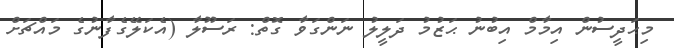
މިޙަދީސުން އިމާމް އިބުނު ޙަޒުމު ދަލީލު ނަންގަވާ ގޮތް: ރަސޫލާ (އެކަލޭގެފާނުގެ މައްޗަށް